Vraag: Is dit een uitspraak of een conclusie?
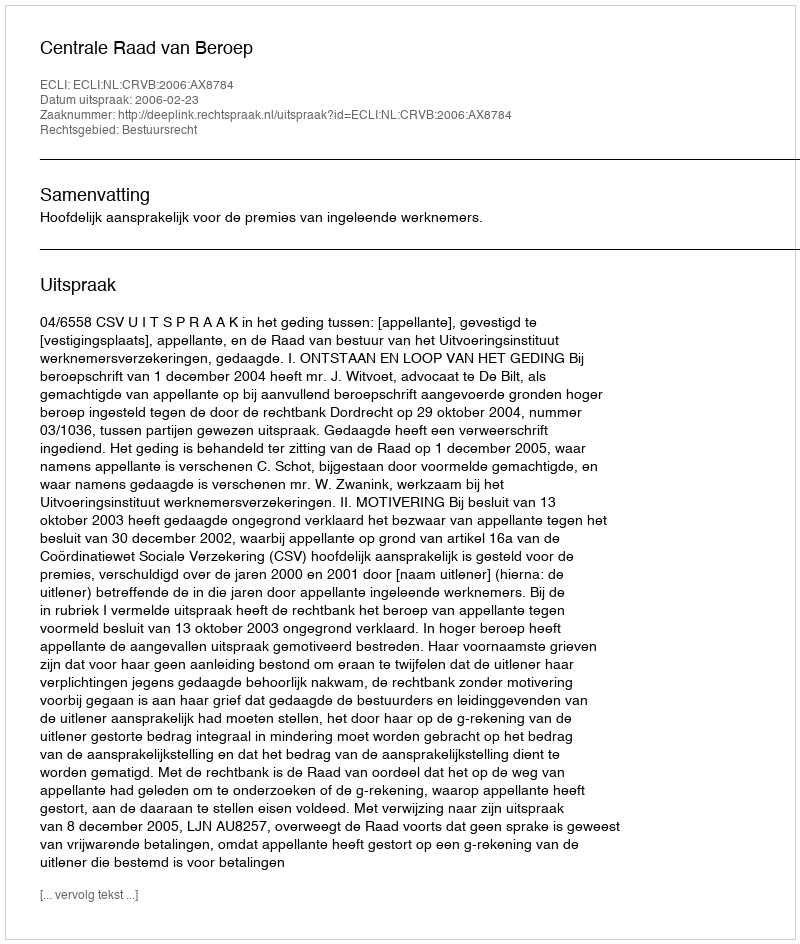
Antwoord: Uitspraak